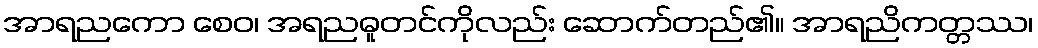
အာရညကော စေဝ၊ အရညဓူတင်ကိုလည်း ဆောက်တည်၏။ အာရညိကတ္တဿ၊